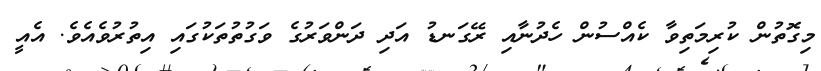
މިގޮތުން ކުރިމަތިވާ ކެއްސުން ހެދުނާއި ރޭގަނޑު އަދި ދަންވަރުގެ ވަގުތުތަކުގައި އިތުރުވެއެވެ. އެއީ